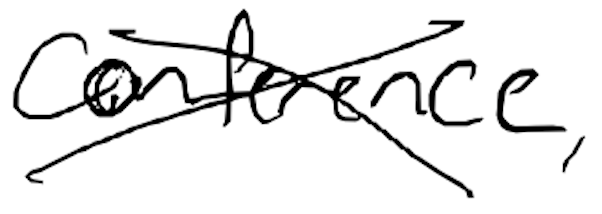
Text: conference,
Cross-out: cross
Writing tool: digital_black